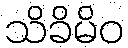
သိခိမိဝ